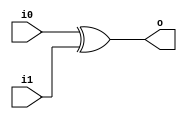
module xor2 (input wire i0, i1, output wire o);
  //selective complementer using xor and i1 as control
  assign o = i0^i1;
endmodule